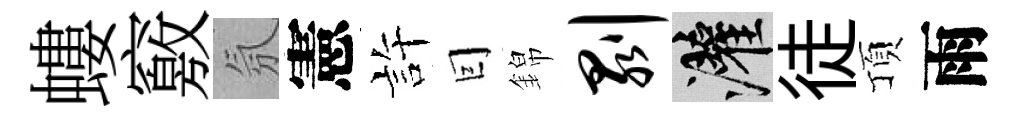
螻竅氛憲許囙錦剥灌徒頂雨